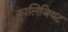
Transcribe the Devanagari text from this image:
कालिजियट